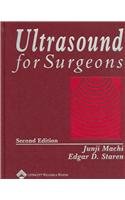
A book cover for Ultrasound for Surgeons; Medical Books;